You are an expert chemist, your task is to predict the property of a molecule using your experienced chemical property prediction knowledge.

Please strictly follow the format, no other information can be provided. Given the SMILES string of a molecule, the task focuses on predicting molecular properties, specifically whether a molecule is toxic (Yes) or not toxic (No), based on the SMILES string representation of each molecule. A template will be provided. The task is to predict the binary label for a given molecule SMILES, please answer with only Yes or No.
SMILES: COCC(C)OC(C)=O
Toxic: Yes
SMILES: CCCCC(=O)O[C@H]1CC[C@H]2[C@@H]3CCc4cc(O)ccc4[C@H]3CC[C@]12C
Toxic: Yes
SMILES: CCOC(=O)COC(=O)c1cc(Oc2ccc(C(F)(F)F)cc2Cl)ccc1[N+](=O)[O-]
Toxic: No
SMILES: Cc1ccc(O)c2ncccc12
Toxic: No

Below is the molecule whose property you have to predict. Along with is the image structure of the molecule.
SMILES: O=C(O)Cc1ccc2c(c1)C(=O)c1ccccc1CO2
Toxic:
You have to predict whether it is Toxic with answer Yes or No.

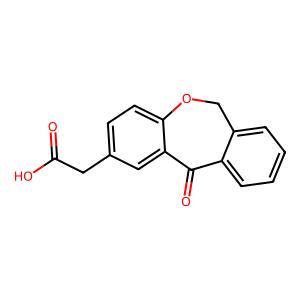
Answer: No